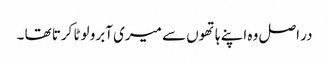
در اصل وہ اپنے ہاتھوں سے میری آبرو لوٹا کرتا تھا ۔